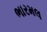
ભારમલ